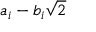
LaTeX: a _ { i } - b _ { i } { \sqrt { 2 } }